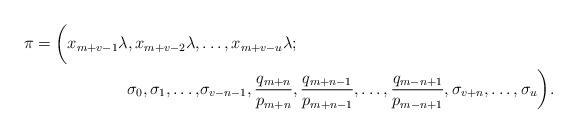
LaTeX: \begin{align*}\pi =\biggl(x_{m+v-1}\lambda, x_{m+v-2}\lambda, &\ldots, x_{m+v-u}\lambda;\biggr.\\ \biggl.\sigma_0, \sigma_1, \ldots, &\sigma_{v-n-1}, \dfrac{q_{m+n}}{p_{m+n}}, \dfrac{q_{m+n-1}}{p_{m+n-1}}, \ldots, \dfrac{q_{m-n+1}}{p_{m-n+1}}, \sigma_{v+n}, \ldots, \sigma_u\biggr).\end{align*}